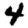
Digit: 4